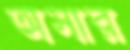
অসার